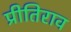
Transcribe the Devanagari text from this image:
प्रीतिराव